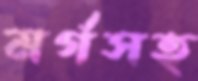
মর্গসহ